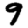
Digit: 9